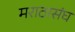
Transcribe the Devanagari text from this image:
मराठासंघ